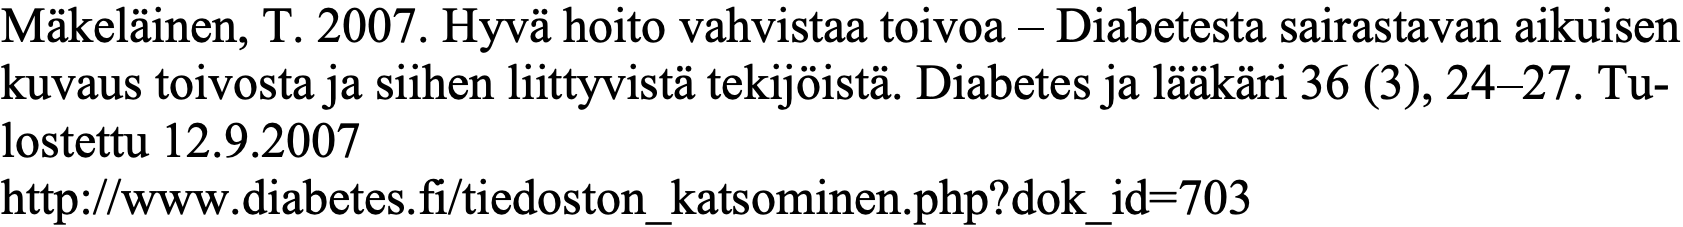
Mäkeläinen, T. 2007. Hyvä hoito vahvistaa toivoa – Diabetesta sairastavan aikuisen kuvaus toivosta ja siihen liittyvistä tekijöistä. Diabetes ja lääkäri 36 (3), 24–27. Tu- lostettu 12.9.2007 http://www.diabetes.fi/tiedoston_katsominen.php?dok_id=703